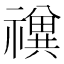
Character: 𱵲